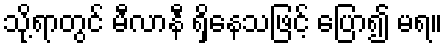
သို့ရာတွင် မီလာနီ ရှိနေသဖြင့် ပြော၍ မရ။